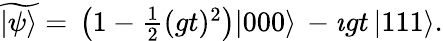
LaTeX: \begin{array}{r}{\widetilde{|\psi\rangle}=\, \left(1-\frac{1}{2}(gt)^{2}\right)|000\rangle\, -\imath gt\, |111\rangle.}\end{array}